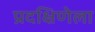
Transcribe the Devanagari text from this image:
प्रदक्षिणेला